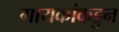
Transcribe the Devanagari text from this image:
गायकांकडुन